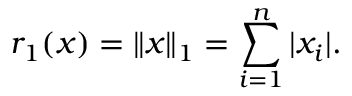
r _ { 1 } ( x ) = \| x \| _ { 1 } = \sum _ { i = 1 } ^ { n } | x _ { i } | .